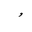
Letter: _waw